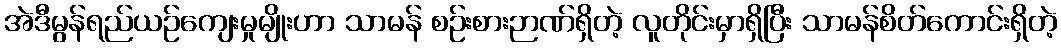
အဲဒီမွန်ရည်ယဉ်ကျေးမှုမျိုးဟာ သာမန် စဉ်းစားဉာဏ်ရှိတဲ့ လူတိုင်းမှာရှိပြီး သာမန်စိတ်ကောင်းရှိတဲ့